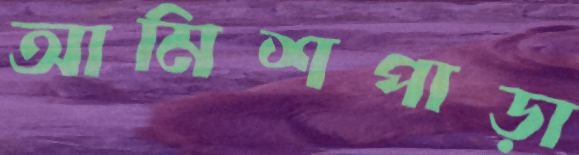
আমিশপাড়া